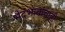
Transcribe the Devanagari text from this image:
भेदभावांचाही